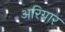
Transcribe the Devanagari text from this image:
अरिग्नार